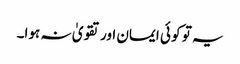
یہ تو کو ئی ایمان اور تقویٰ نہ ہوا۔